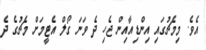
އެވެ. މިމެޗުގައި އިންޑިއާއިން ޖެހި ދެ ވަނަ ގޯލް އެޓީމަށް މެޗުގެ ދެ